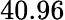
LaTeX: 40.96